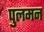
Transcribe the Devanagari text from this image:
पुलमन